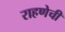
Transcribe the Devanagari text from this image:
राहणेची